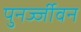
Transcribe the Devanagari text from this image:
पुनर्ज्जीवन